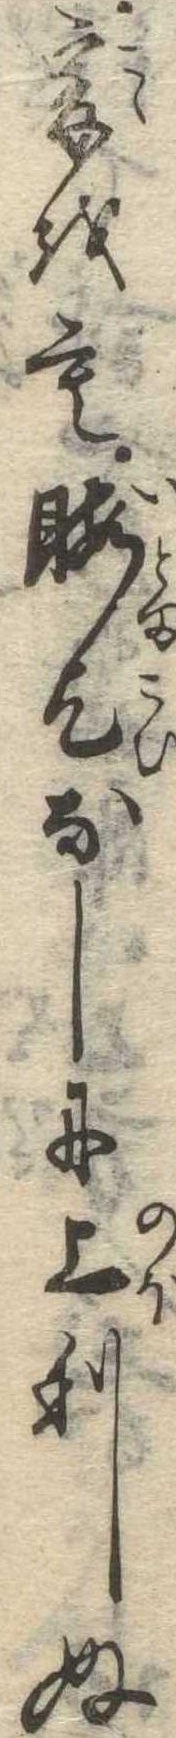
爰をも暇乞なしに上りぬ